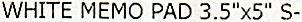
WHITE MEMO PAD 3.5"X5" S-